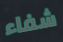
شفاء